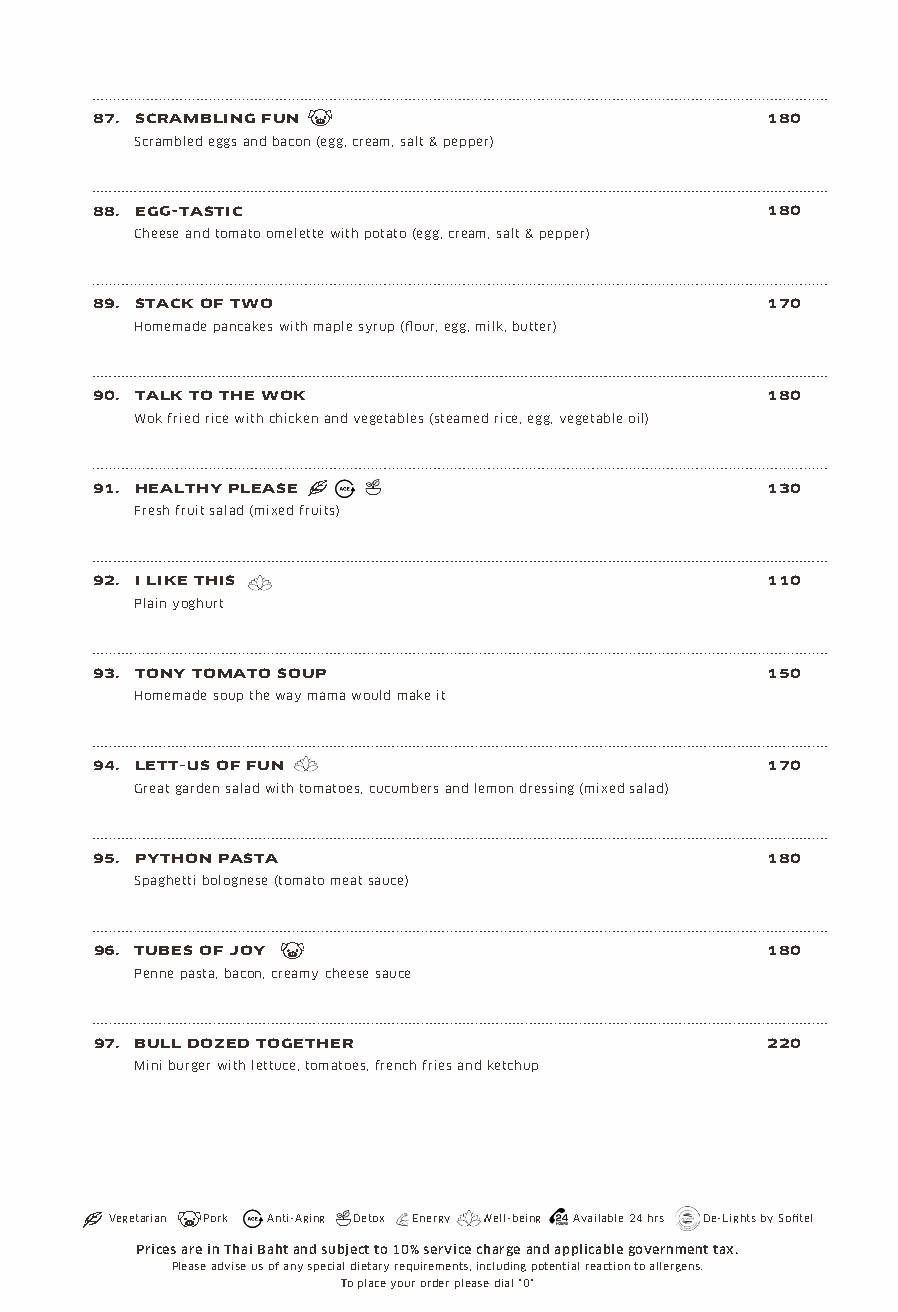
87. SCRAMBLING FUN                           180
 Scrambled eggs and bacon (egg, cream, salt & pepper)
 88. EG TASTIC                                180
 Cheese and tomato omelette with potato (egg, cream, salt & pepper)
 89. STACK OF TWO                             170
 Homemade pancakes with maple syrup (flour, egg, milk, butter)
 90. TALK TO THE WOK                          180
 Wok fried rice with chicken and vegetables (steamed rice, egg, vegetable oil)
 91. HEALTHY PLEASE                           130
 Fresh fruit salad (mixed fruits)
 92. I LIKE THIS                              110
 Plain yoghurt
 93. TONY TOMATO SOUP                         150
 Homemade soup the way mama would make it
 94. LETT S OF FUN                            170
 Great garden salad with tomatoes, cucumbers and lemon dressing (mixed salad)
 95. PYTHON PASTA                             180
 Spaghetti bolognese (tomato meat sauce)
 96. TUBES OF JOY                             180
 Penne pasta, bacon, creamy cheese sauce
 97. BULL DOZED TOGETHER                      220
 Mini burger with lettuce, tomatoes, french fries and ketchup
 Vegetarian Pork Anti-Aging Detox Energy Well-being Available 24 hrs De-Lights by Sofitel
 Prices are in Thai Baht and subject to 10% service charge and applicable government tax.
 Please advise us of any special dietary requirements, including potential reaction to allergens.
 To place your order please dial "0"